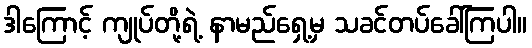
ဒါကြောင့် ကျုပ်တို့ရဲ့ နာမည်ရှေ့မှ သခင်တပ်ခေါ်ကြပါ။